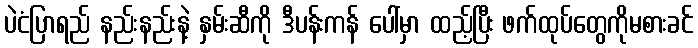
ပဲငံပြာရည် နည်းနည်းနဲ့ နှမ်းဆီကို ဒီပန်းကန် ပေါ်မှာ ထည့်ပြီး ဖက်ထုပ်တွေကိုမစားခင်